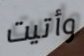
وأتيت